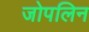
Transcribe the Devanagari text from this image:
जोपलिन